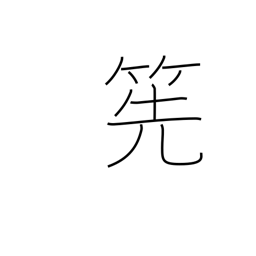
Meaning: bamboo whisk for tea-making